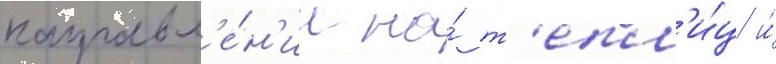
направл'е́н'ии на́ т'епл'и́ц и́